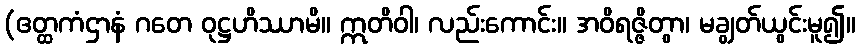
(ဧတ္ထကံဌာနံ ဂတေ ဝုဋ္ဌဟိဿာမိ။ ဣတိဝါ၊ လည်းကောင်း။ အဝိရဇ္ဇိတွာ၊ မချွတ်ယွင်းမူ၍။